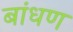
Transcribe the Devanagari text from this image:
बांधण